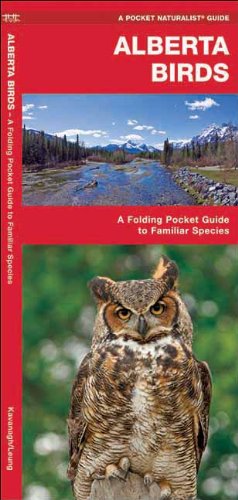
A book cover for Alberta Birds: A Folding Pocket Guide to Familiar Species (Pocket Naturalist Guide Series); James Kavanagh; Travel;